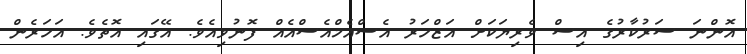
އޮންނަ ސަރުކާރުގެ އިސް ވެރިޔަކަށް އަޒްހަރު އެސްއެމްއެސްއެއް ފޮނުވިއެވެ. އޭގައި އޮތެވެ. އަހަރެން